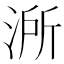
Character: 𣷲